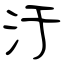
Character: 汙